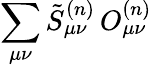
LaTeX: \displaystyle\sum_{\mu\nu}\tilde{S}_{\mu\nu}^{(n)}\, O_{\mu\nu}^{(n)}